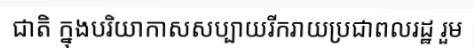
ជាតិ ក្នុងបរិយាកាសសប្បាយរីករាយប្រជាពលរដ្ឋ រួម